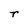
Character: r